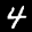
Label: 4